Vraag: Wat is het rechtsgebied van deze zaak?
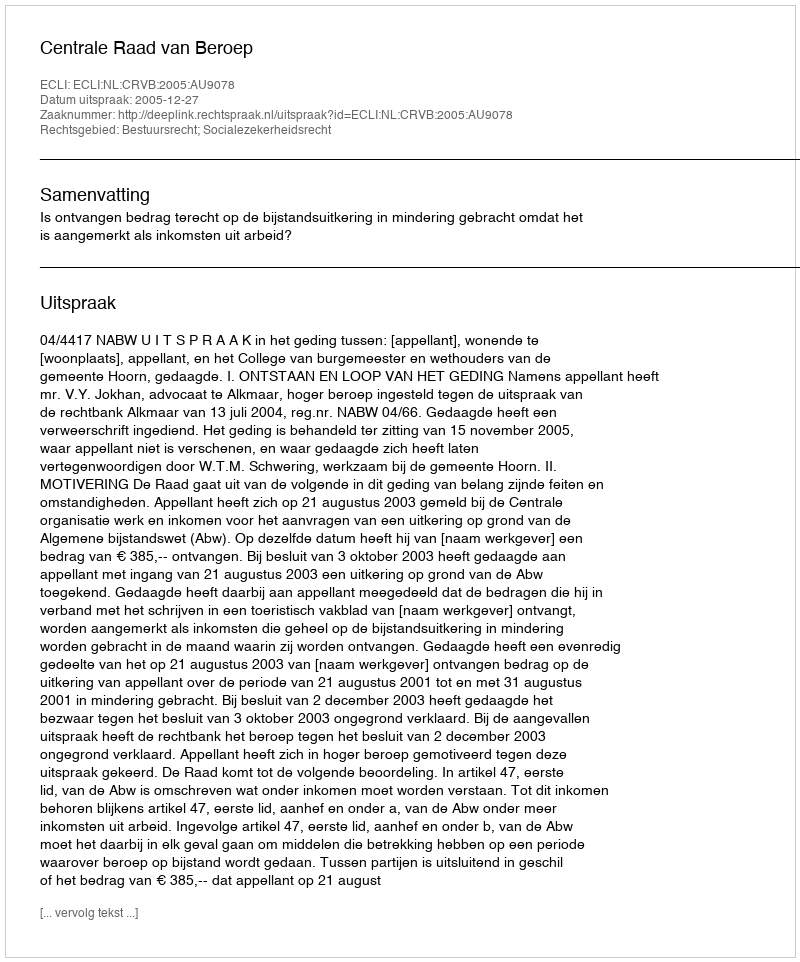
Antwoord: Bestuursrecht; Socialezekerheidsrecht